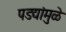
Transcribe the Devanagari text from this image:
पडद्यांमुळे